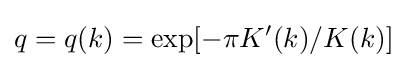
q=q(k)=\exp[-\pi K'(k)/K(k)]